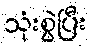
သုံးစွဲပြီး